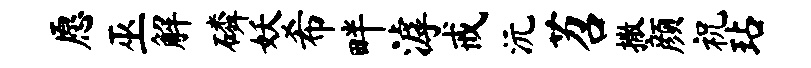
愿巫解磷妖希畔滹戒沅苕撒颜祝玷